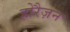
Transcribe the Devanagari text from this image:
होरैज़न